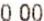
0.00